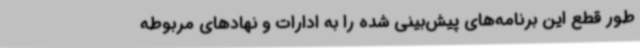
طور قطع این برنامه‌های پیش‌بینی شده را به ادارات و نهادهای مربوطه